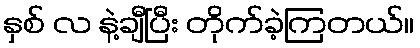
နှစ် လ နဲ့ချီပြီး တိုက်ခဲ့ကြတယ်။